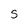
Character: S